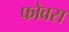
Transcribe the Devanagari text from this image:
फोवस